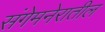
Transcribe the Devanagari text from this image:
संगेमनेरातील